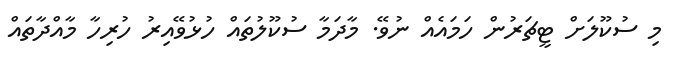
މި ސުކޫލަށް ޓީޗަރުން ހަމައެއް ނުވޭ. މާދަމާ ސުކޫލުތައް ހުޅުވޭއިރު ހުރިހާ މާއްދާތައް